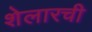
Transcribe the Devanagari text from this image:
शेलारची